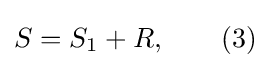
S=S_{1}+R,\qquad (3)